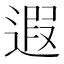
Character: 遐